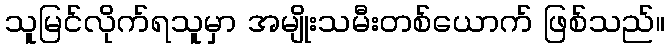
သူမြင်လိုက်ရသူမှာ အမျိုးသမီးတစ်ယောက် ဖြစ်သည်။